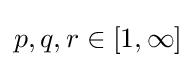
p,q,r\in [1,\infty ]